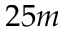
2 5 m